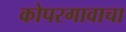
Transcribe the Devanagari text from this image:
कोपरगावाचा